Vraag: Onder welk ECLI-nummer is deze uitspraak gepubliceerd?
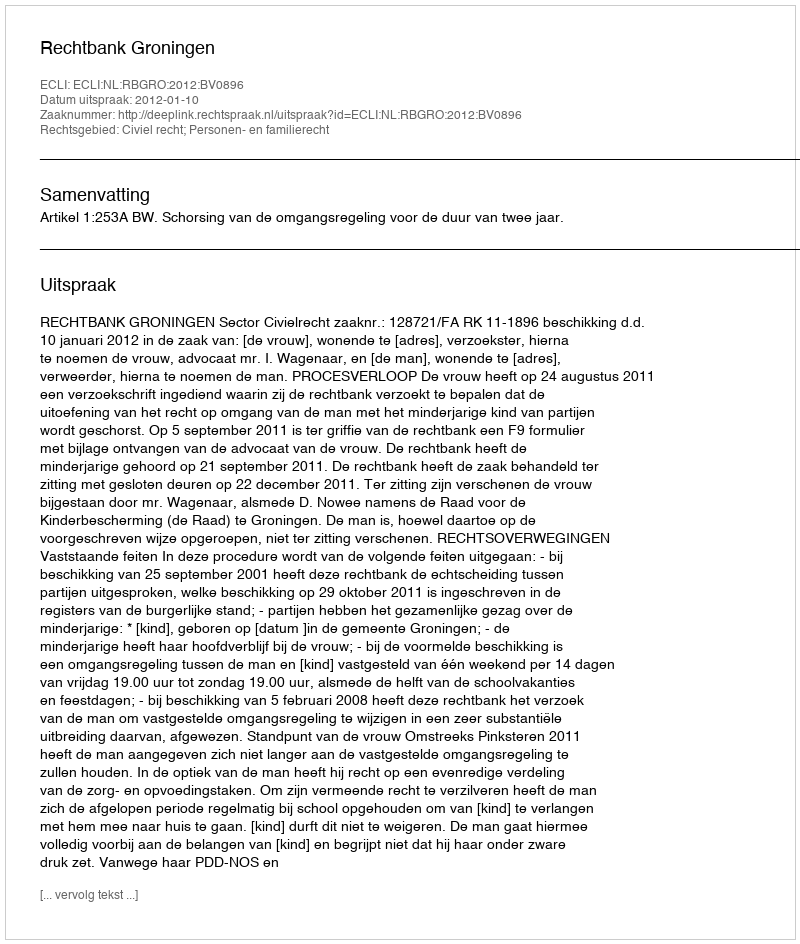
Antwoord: ECLI:NL:RBGRO:2012:BV0896